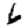
Digit: 6